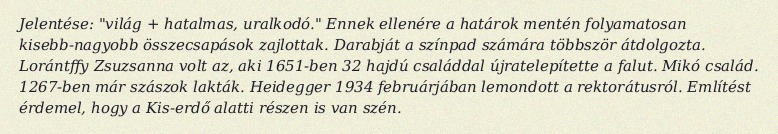
Jelentése: "világ + hatalmas, uralkodó." Ennek ellenére a határok mentén folyamatosan kisebb-nagyobb összecsapások zajlottak. Darabját a színpad számára többször átdolgozta. Lorántffy Zsuzsanna volt az, aki 1651-ben 32 hajdú családdal újratelepítette a falut. Mikó család. 1267-ben már szászok lakták. Heidegger 1934 februárjában lemondott a rektorátusról. Említést érdemel, hogy a Kis-erdő alatti részen is van szén.